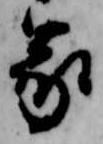
家